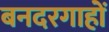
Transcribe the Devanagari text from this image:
बनदरगाहों